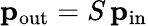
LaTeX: \mathbf{p}_{\mathrm{{out}}}=S\, \mathbf{p}_{\mathrm{{in}}}